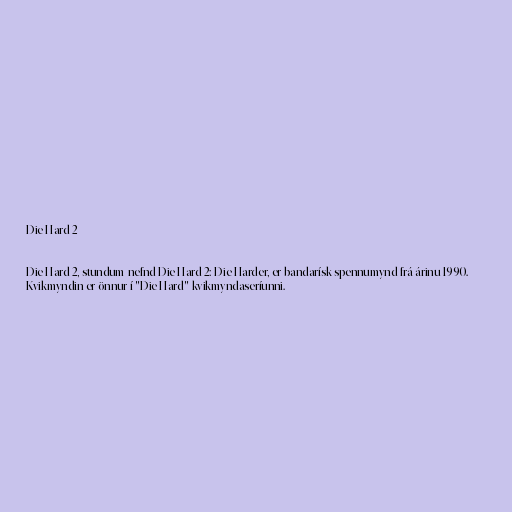
Die Hard 2

Die Hard 2, stundum nefnd Die Hard 2: Die Harder, er bandarísk spennumynd frá árinu 1990.
Kvikmyndin er önnur í "Die Hard"-kvikmyndaseríunni.